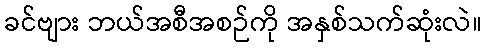
ခင်ဗျား ဘယ်အစီအစဉ်ကို အနှစ်သက်ဆုံးလဲ။